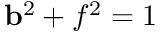
{ \bf b } ^ { 2 } + f ^ { 2 } = 1